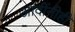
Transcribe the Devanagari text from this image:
आदींनीही